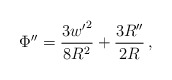
\begin{align*}\Phi'' = \frac{3 {w'}^2}{8 R^2} + \frac{3 R''}{2 R}\,,\end{align*}